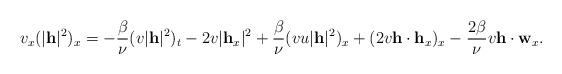
LaTeX: \begin{align*}v_x (|\mathbf{h}|^2)_x=-\frac{\beta}{\nu} (v|\mathbf{h}|^2)_t - 2 v |\mathbf{h}_x|^2+\frac{\beta}{\nu}(v u |\mathbf{h}|^2)_x + (2 v \mathbf{h}\cdot\mathbf{h}_x)_x - \frac{2\beta}{\nu} v\mathbf{h}\cdot \mathbf{w}_x.\end{align*}